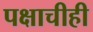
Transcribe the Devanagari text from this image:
पक्षाचीही